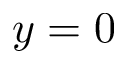
y = 0